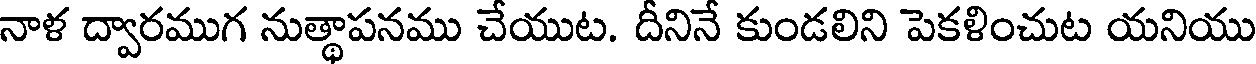
నాళ ద్వారముగ నుత్థాపనము చేయుట. దీనినే కుండలిని పెకళించుట యనియు